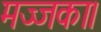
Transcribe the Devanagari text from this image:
मज्जका।